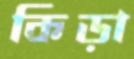
কিড়া